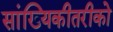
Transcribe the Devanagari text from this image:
सांख्यिकीतरीको